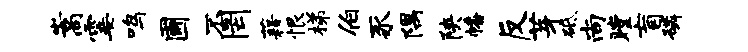
嵩霎鸣圃不罔藉恨梯伯豕隅陕幡反芽砥尚瞠盲磷